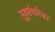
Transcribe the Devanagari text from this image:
मुहूर्तघटिका